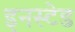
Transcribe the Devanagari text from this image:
इनस्टेड